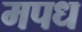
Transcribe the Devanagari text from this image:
मपध